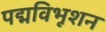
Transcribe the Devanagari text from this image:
पद्मविभूशन